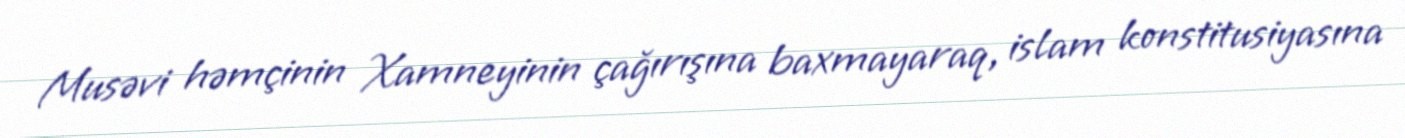
Musəvi həmçinin Xamneyinin çağırışına baxmayaraq, islam konstitusiyasına